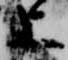
上